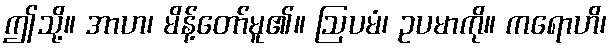
ဤသို့။ အာဟ၊ မိန့်တော်မူ၏။ ဩပမံ၊ ဥပမာကို။ ကရောဟိ၊